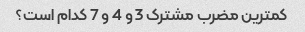
کمترین مضرب مشترک 3 و 4 و 7 کدام است؟